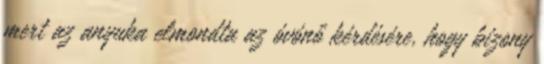
mert az anyuka elmondta az óvónő kérdésére, hogy bizony